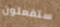
ستفعلون